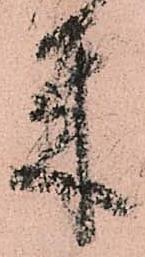
米